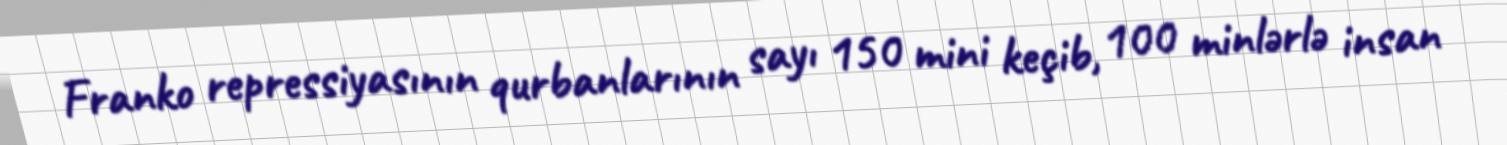
Franko repressiyasının qurbanlarının sayı 150 mini keçib, 100 minlərlə insan